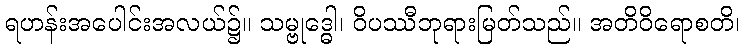
ရဟန်းအပေါင်းအလယ်၌။ သမ္ဗုဒ္ဓေါ၊ ဝိပဿီဘုရားမြတ်သည်။ အတိဝိရောစတိ၊